Vaccine operations Central Provinces 1868-1885 - 1868-1885
Year: 1868
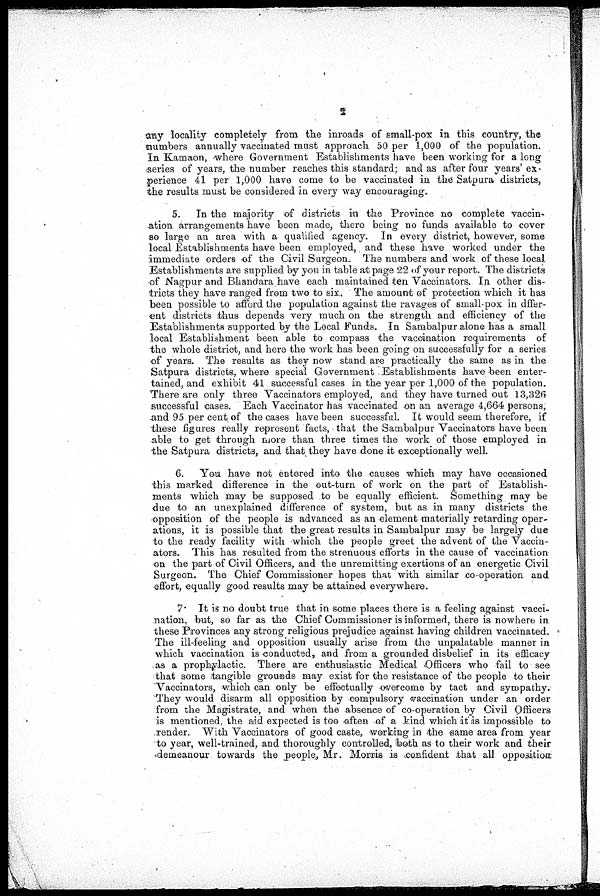
2
any locality completely from the inroads of small-pox in this country, the
numbers annually vaccinated must approach 50 per 1,000 of the population.
In Kamaon, where Government Establishments have been working for a long
series of years, the number reaches this standard; and as after four years' ex-
perience 41 per 1,000 have come to be vaccinated in the Satpura districts,
the results must be considered in every way encouraging.
5. In the majority of districts in the Province no complete vaccin-
ation arrangements have been made, there being no funds available to cover
so large an area with a qualified agency. In every district, however, some
local Establishments have been employed, and these have worked under the
immediate orders of the Civil Surgeon. The numbers and work of these local
Establishments are supplied by you in table at page 22 of your report. The districts
of Nagpur and Bhandara have each maintained ten Vaccinators. In other dis-
tricts they have ranged from two to six. The amount of protection which it has
been possible to afford the population against the ravages of small-pox in dffer-
-ent districts thus depends very much on the strength and efficiency of the
Establishments supported by the Local Funds. In Sambalpur alone has a small
local Establishment been able to compass the vaccination requirements of
the whole district, and here the work has been going on successfully for a series
of years. The results as they now stand are practically the same as in the
Satpura districts, where special Government Establishments have been enter-
tained, and exhibit 41 successful cases in the year per 1,000 of the population.
There are only three Vaccinators employed, and they have turned out 13,326
successful cases. Each Vaccinator has vaccinated on an average 4,664 persons,
and 95 per cent. of the cases have been successful. It would seem therefore, if
these figures really represent facts, that the Sambalpur Vaccinators have been
able to get through more than three times the work of those employed in
the Satpura districts, and that they have done it exceptionally well.
6. You have not entered into the causes which may have occasioned
this marked difference in the out-turn of work on the part of Establish-
ments which may be supposed to be equally efficient. Something may be
due to an unexplained difference of system, but as in many districts the
opposition of the people is advanced as an element materially retarding oper-
ations, it is possible that the great results in Sambalpur may be largely due
to the ready facility with which the people greet the advent of the Vaccin-
ators. This has resulted from the strenuous efforts in the cause of vaccination
on the part of Civil Officers, and the unremitting exertions of an energetic Civil
Surgeon. The Chief Commissioner hopes that with similar co-operation and
effort, equally good results may be attained everywhere.
7. It is no doubt true that in some places there is a feeling against vacci-
nation, but, so far as the Chief Commissioner is informed, there is nowhere in
these Provinces any strong religious prejudice against having children vaccinated.
The ill-feeling and opposition usually arise from the unpalatable manner in
which vaccination is conducted, and from a grounded disbelief in its efficacy
as a prophylactic. There are enthusiastic Medical Officers who fail to see
that some tangible grounds may exist for the resistance of the people to their
Vaccinators, which can only be effectually overcome by tact and sympathy.
They would disarm all opposition by compulsory vaccination under an order
from the Magistrate, and when the absence of co-operation by Civil Officers
is mentioned, the aid expected is too often of a kind which it is impossible to
render. With Vaccinators of good caste, working in the same area from year
to year, well-trained, and thoroughly controlled, both as to their work and their
demeanour towards the people, Mr. Morris is confident that all opposition